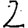
Digit: 2